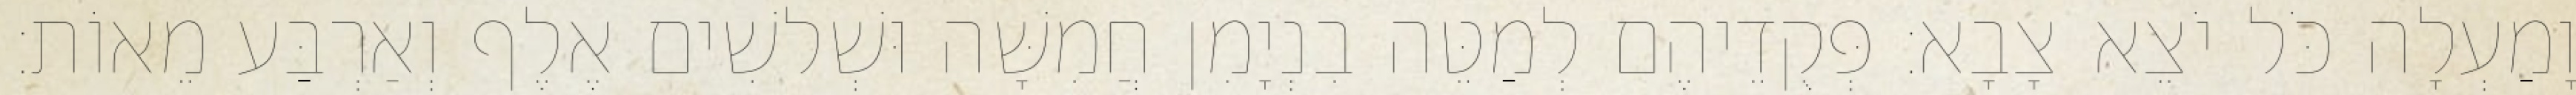
וָמַעְלָה כֹּל יֹצֵא צָבָא׃ פְּקֻדֵיהֶם לְמַטֵּה בִנְיָמִן חֲמִשָּׁה וּשְׁלשִׁים אֶלֶף וְאַרְבַּע מֵאוֹת׃